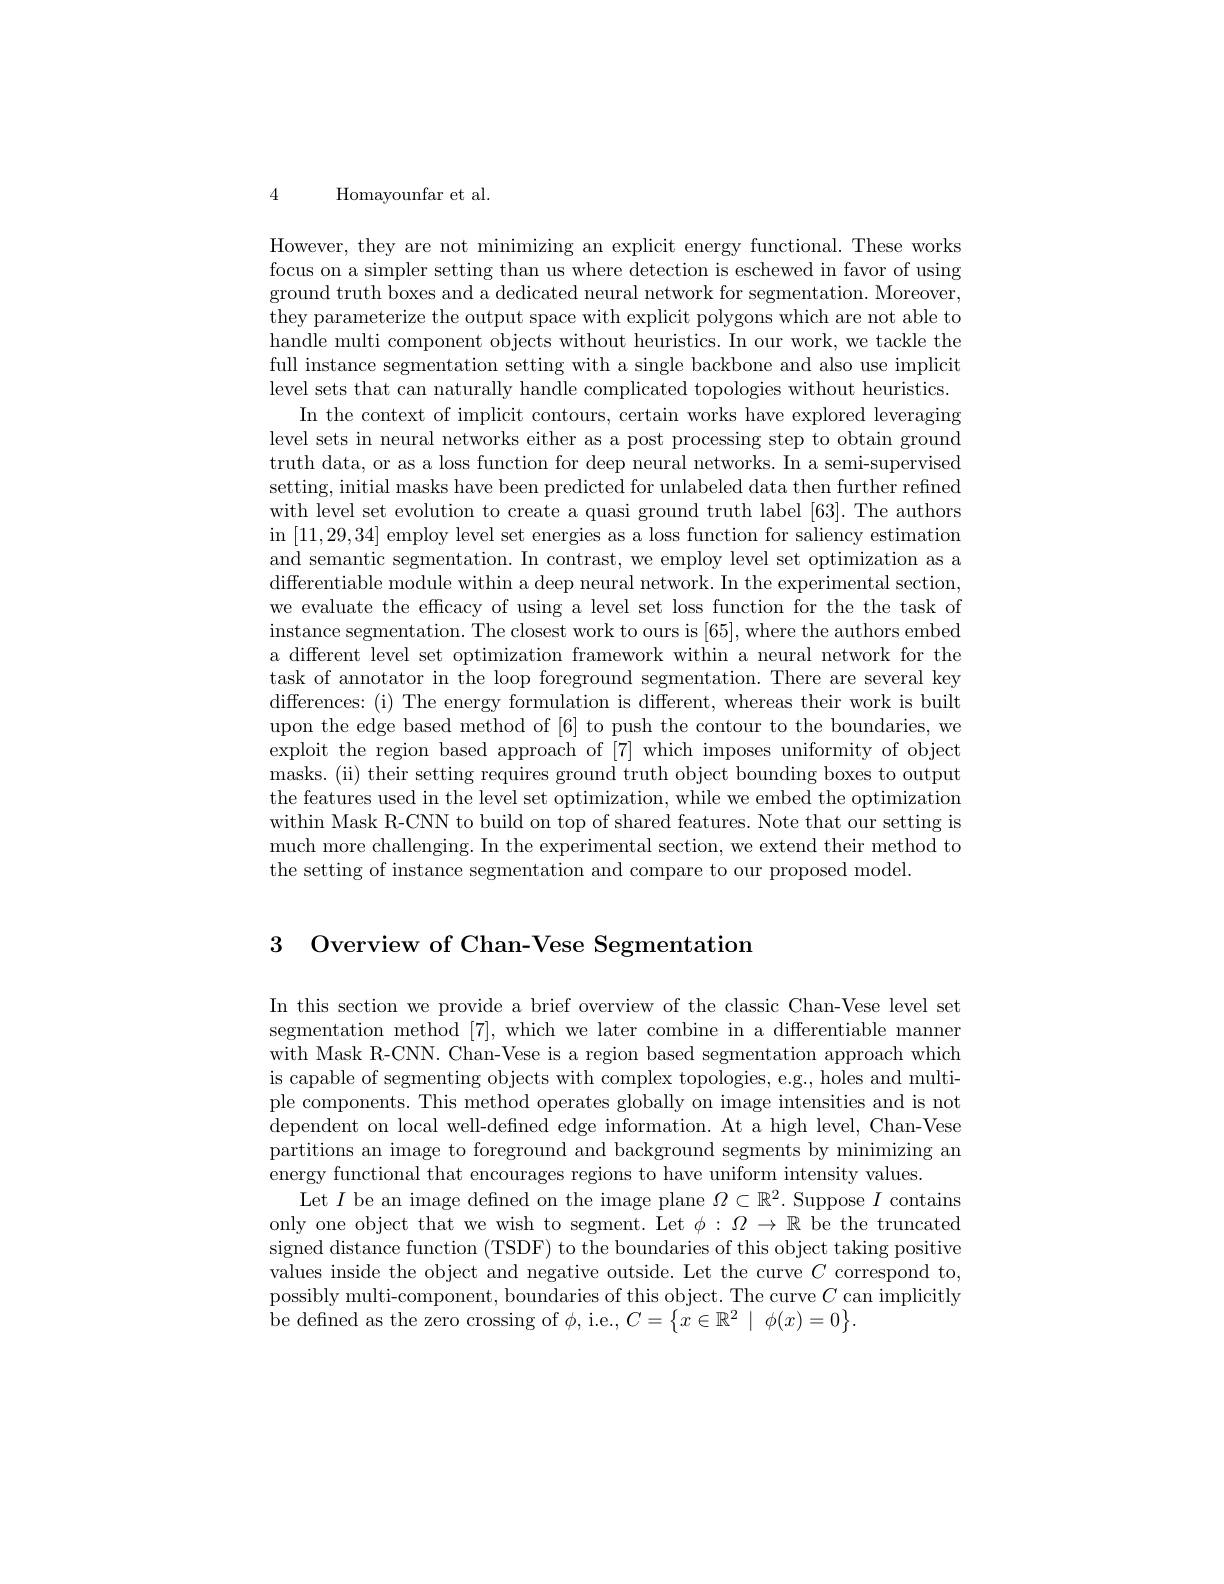
4 Homayounfar et al.

However, they are not minimizing an explicit energy functional. These works focus on a simpler setting than us where detection is eschewed in favor of using ground truth boxes and a dedicated neural network for segmentation. Moreover, they parameterize the output space with explicit polygons which are not able to handle multi component objects without heuristics. In our work, we tackle the full instance segmentation setting with a single backbone and also use implicit level sets that can naturally handle complicated topologies without heuristics.
In the context of implicit contours, certain works have explored leveraging level sets in neural networks either as a post processing step to obtain ground truth data, or as a loss function for deep neural networks. In a semi-supervised setting, initial masks have been predicted for unlabeled data then further refined with level set evolution to create a quasi ground truth label [63]. The authors in [11,29,34] employ level set energies as a loss function for saliency estimation and semantic segmentation. In contrast, we employ level set optimization as a differentiable module within a deep neural network. In the experimental section, we evaluate the efficacy of using a level set loss function for the the task of instance segmentation. The closest work to ours is [65],where the authors embed a different level set optimization framework within a neural network for the task of annotator in the loop foreground segmentation. There are several key differences:(i) The energy formulation is different, whereas their work is built upon the edge based method of [6] to push the contour to the boundaries, we exploit the region based approach of [7] which imposes uniformity of object masks. (ii) their setting requires ground truth object bounding boxes to output the features used in the level set optimization, while we embed the optimization within Mask R-CNN to build on top of shared features. Note that our setting is much more challenging. In the experimental section, we extend their method to the setting of instance segmentation and compare to our proposed model.

3 Overview of Chan-Vese Segmentation

In this section we provide a brief overview of the classic Chan-Vese level set segmentation method [7], which we later combine in a differentiable manner with Mask R-CNN. Chan-Vese is a region based segmentation approach which is capable of segmenting objects with complex topologies, e.g., holes and multiple components. This method operates globally on image intensities and is not dependent on local well-defined edge information. At a high level, Chan-Vese partitions an image to foreground and background segments by minimizing an energy functional that encourages regions to have uniform intensity values
Let $I$ be an image defined on the image plane $\Omega\subset\mathbb{R}^2.$ Suppose $I$ contains only one object that we wish to segment. Let $\phi:\Omega\to\mathbb{R}$ be the truncated signed distance function (TSDF) to the boundaries of this object taking positive values inside the object and negative outside. Let the curve $C$ correspond to, possibly multi-component, boundaries of this object. The curve $C$ can implicitly be defined as the zero crossing of $\phi$, i.e., $C=\{x\in\mathbb{R}^{2}\mid\phi(x)=0\}.$